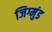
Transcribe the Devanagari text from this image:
जिग्मुंड